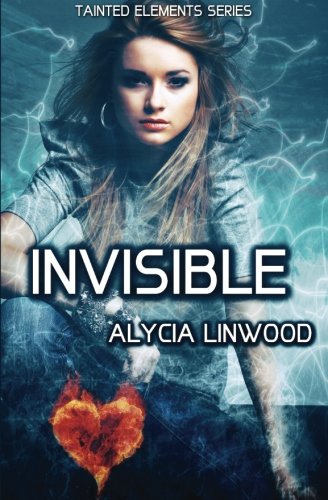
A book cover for Invisible (Tainted Elements) (Volume 2); Alycia Linwood; Science Fiction & Fantasy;